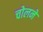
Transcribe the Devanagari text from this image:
चोलने